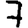
Digit: 7